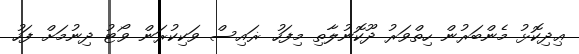
ޢިދިކޮޅު މެންބަރުން ހިތްވަރު ދޫކޮނުލާތި މިފަހު ޜައިސް ވަކިކުރަން ވޯޓު ދިނުމަށް ފަހު